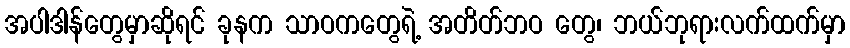
အပါဒါန်တွေမှာဆိုရင် ခုနက သာဝကတွေရဲ့ အတိတ်ဘဝ တွေ၊ ဘယ်ဘုရားလက်ထက်မှာ